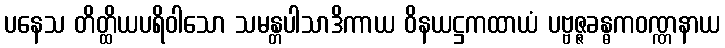
ပနေသ တိတ္ထိယပရိဝါသော သမန္တပါသာဒိကာယ ဝိနယဋ္ဌကထာယံ ပဗ္ဗဇ္ဇခန္ဓကဝဏ္ဏနာယ